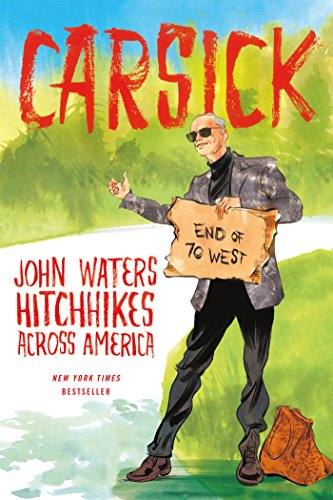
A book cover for Carsick: John Waters Hitchhikes Across America; John Waters; Travel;